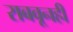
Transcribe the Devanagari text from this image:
राबवूनही